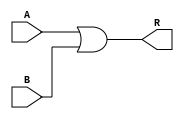
module OrGate(A,B,R);
input A,B;
output R;
assign R=A|B;
endmodule